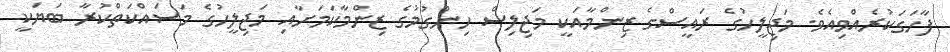
ފާހަގަކުރެއްވިއެވެ. މަޖިލީހުގެ ރައީސްގެ ޒިންމާއަކީ މަޖިލިސް ހިންގުމުގެ ޒިންމާކަމަށާއި މަޖިލީހުގެ މަސައްކަތްކުރާ ބަޔަކީ